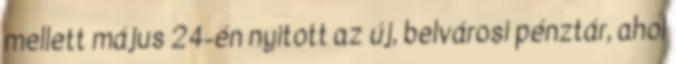
mellett május 24-én nyitott az új, belvárosi pénztár, ahol